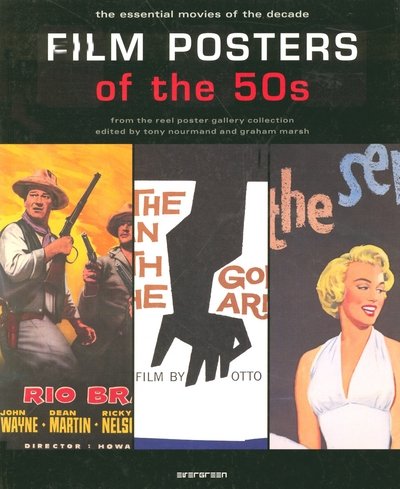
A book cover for Film Posters of the 50s: The Essential Movies of the Decade; Crafts, Hobbies & Home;